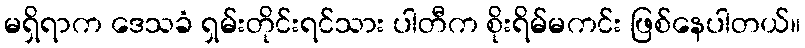
မရှိရာက ဒေသခံ ရှမ်းတိုင်းရင်သား ပါတီက စိုးရိမ်မကင်း ဖြစ်နေပါတယ်။